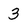
Character: 3